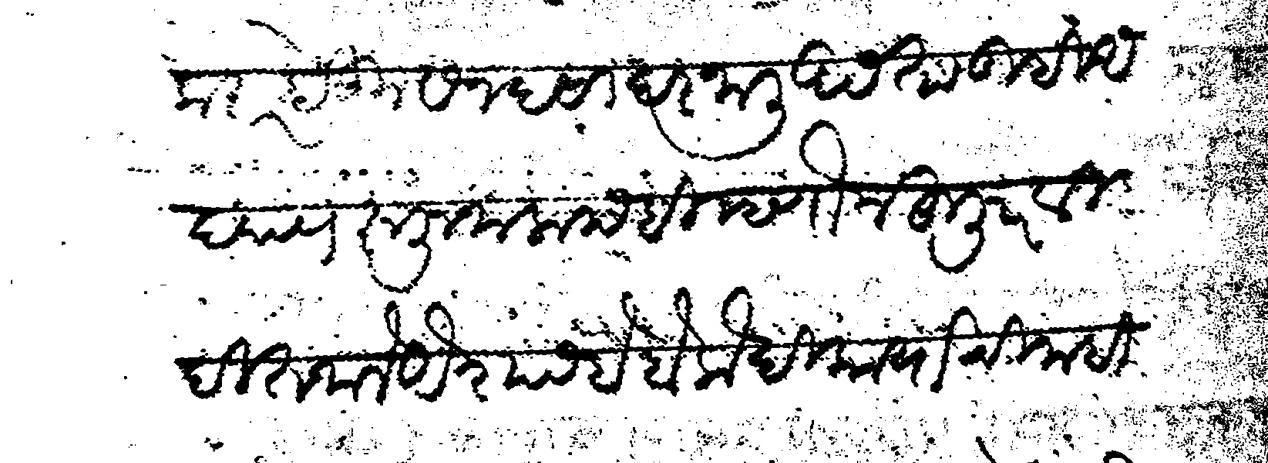
Transliteration (Devanagari): करार होऊन सनद सादर जाली असता तुम्ही अद्याप रूजू जाला नाही म्हणोन हुजूर विदीत जाले औशास हे बेलोखी कार्याची नाही